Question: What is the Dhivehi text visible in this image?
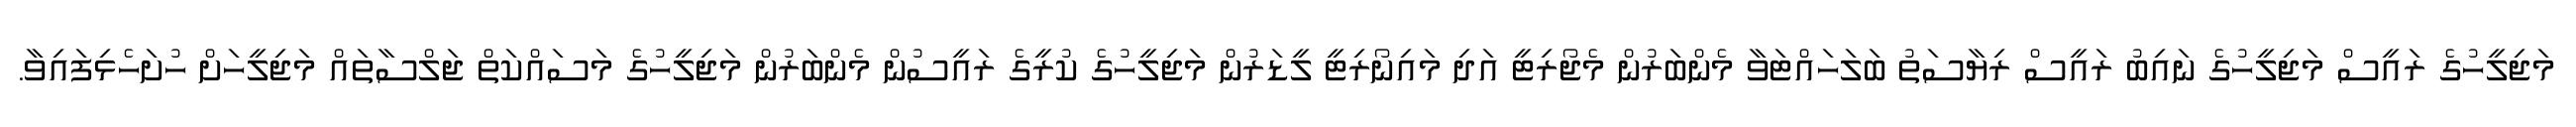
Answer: މަޖިލީހުގެ ރައީސް މަޖިލީހުގެ ނައިބު ރައީސް ރިޔާސަތު ބަލަހައްޓަވާ މެންބަރުން މެޖޯރިޓީ އަދި މައިނޯރިޓީ ލީޑަރުން މަޖިލީހުގެ ކުރީގެ ރައީސުން މެންބަރުން މަޖިލީހުގެ މަސައްކަތް ޖަލްސާތައް މަޖިލީހަށް ހުށަހެޅިފައިވާ.